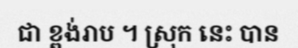
ជា ខ្ពង់រាប ។ ស្រុក នេះ បាន